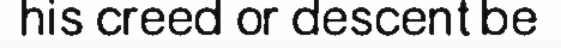
his creed or descent be